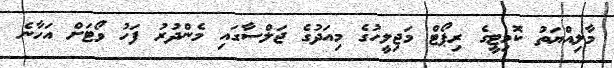
މާލިއްޔަތު ކޮމިޓީގެ ރިޕޯޓް މަޖިލީހުގެ މިއަދުގެ ޖަލްސާގައި މެންދުރު ފަހު ވޯޓަށް އަހާނެ